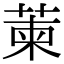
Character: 萰